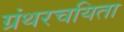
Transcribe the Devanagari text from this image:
ग्रंथरचयिता